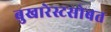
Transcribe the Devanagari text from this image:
बुखारेस्टसोबत